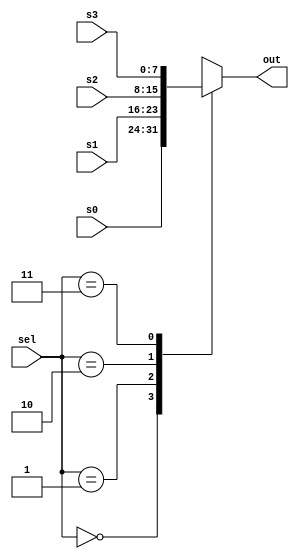
module mux(
    input wire [1:0] sel,
    input wire [7:0] s0,
    input wire [7:0] s1,
    input wire [7:0] s2,
    input wire [7:0] s3,
    output wire [7:0] out
);
    reg [7:0] temp_out;

    always @(*) begin
        case (sel)
            2'b00: begin
                temp_out = s0;
            end

            2'b01: begin
                temp_out = s1;
            end

            2'b10: begin
                temp_out = s2;
            end

            2'b11: begin
                temp_out = s3;
            end

            default: begin
                temp_out = 8'b0;
            end
        endcase
    end

    assign out = temp_out;
endmodule
module top_module ( 
    input clk, 
    input [7:0] d, 
    input [1:0] sel, 
    output [7:0] q 
);

    wire [7:0] temp1, temp2, temp3;

    my_dff8 d1(
        .clk(clk),
        .d(d),
        .q(temp1)
    );

    my_dff8 d2(
        .clk(clk),
        .d(temp1),
        .q(temp2)
    );

    my_dff8 d3(
        .clk(clk),
        .d(temp2),
        .q(temp3)
    );

    mux(.sel(sel), .s0(d), .s1(temp1), .s2(temp2), .s3(temp3), .out(q));

endmodule